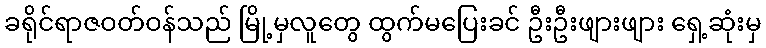
ခရိုင်ရာဇဝတ်ဝန်သည် မြို့မှလူတွေ ထွက်မပြေးခင် ဦးဦးဖျားဖျား ရှေ့ဆုံးမှ